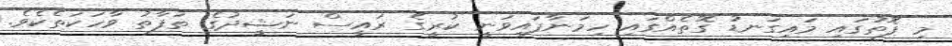
މި ފޮތުގައި މައިގަނޑު ގޮތެއްގައި ހިމަނާފައިވަނީ ކުރީގެ ރައީސް ނަޝީދުގެ ތަފާތު ވާހަކަތެކެވެ.